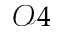
\mathcal { O } 4